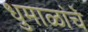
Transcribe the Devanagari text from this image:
धुमाळांचे